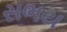
સભય